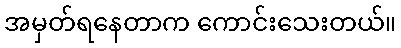
အမှတ်ရနေတာက ကောင်းသေးတယ်။